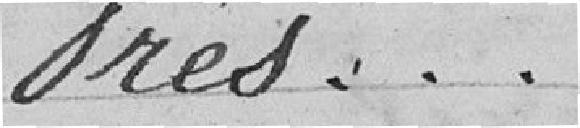
Frés